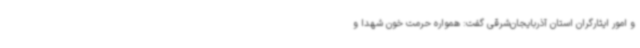
و امور ایثارگران استان آذربایجان‌شرقی گفت: همواره حرمت خون شهدا و